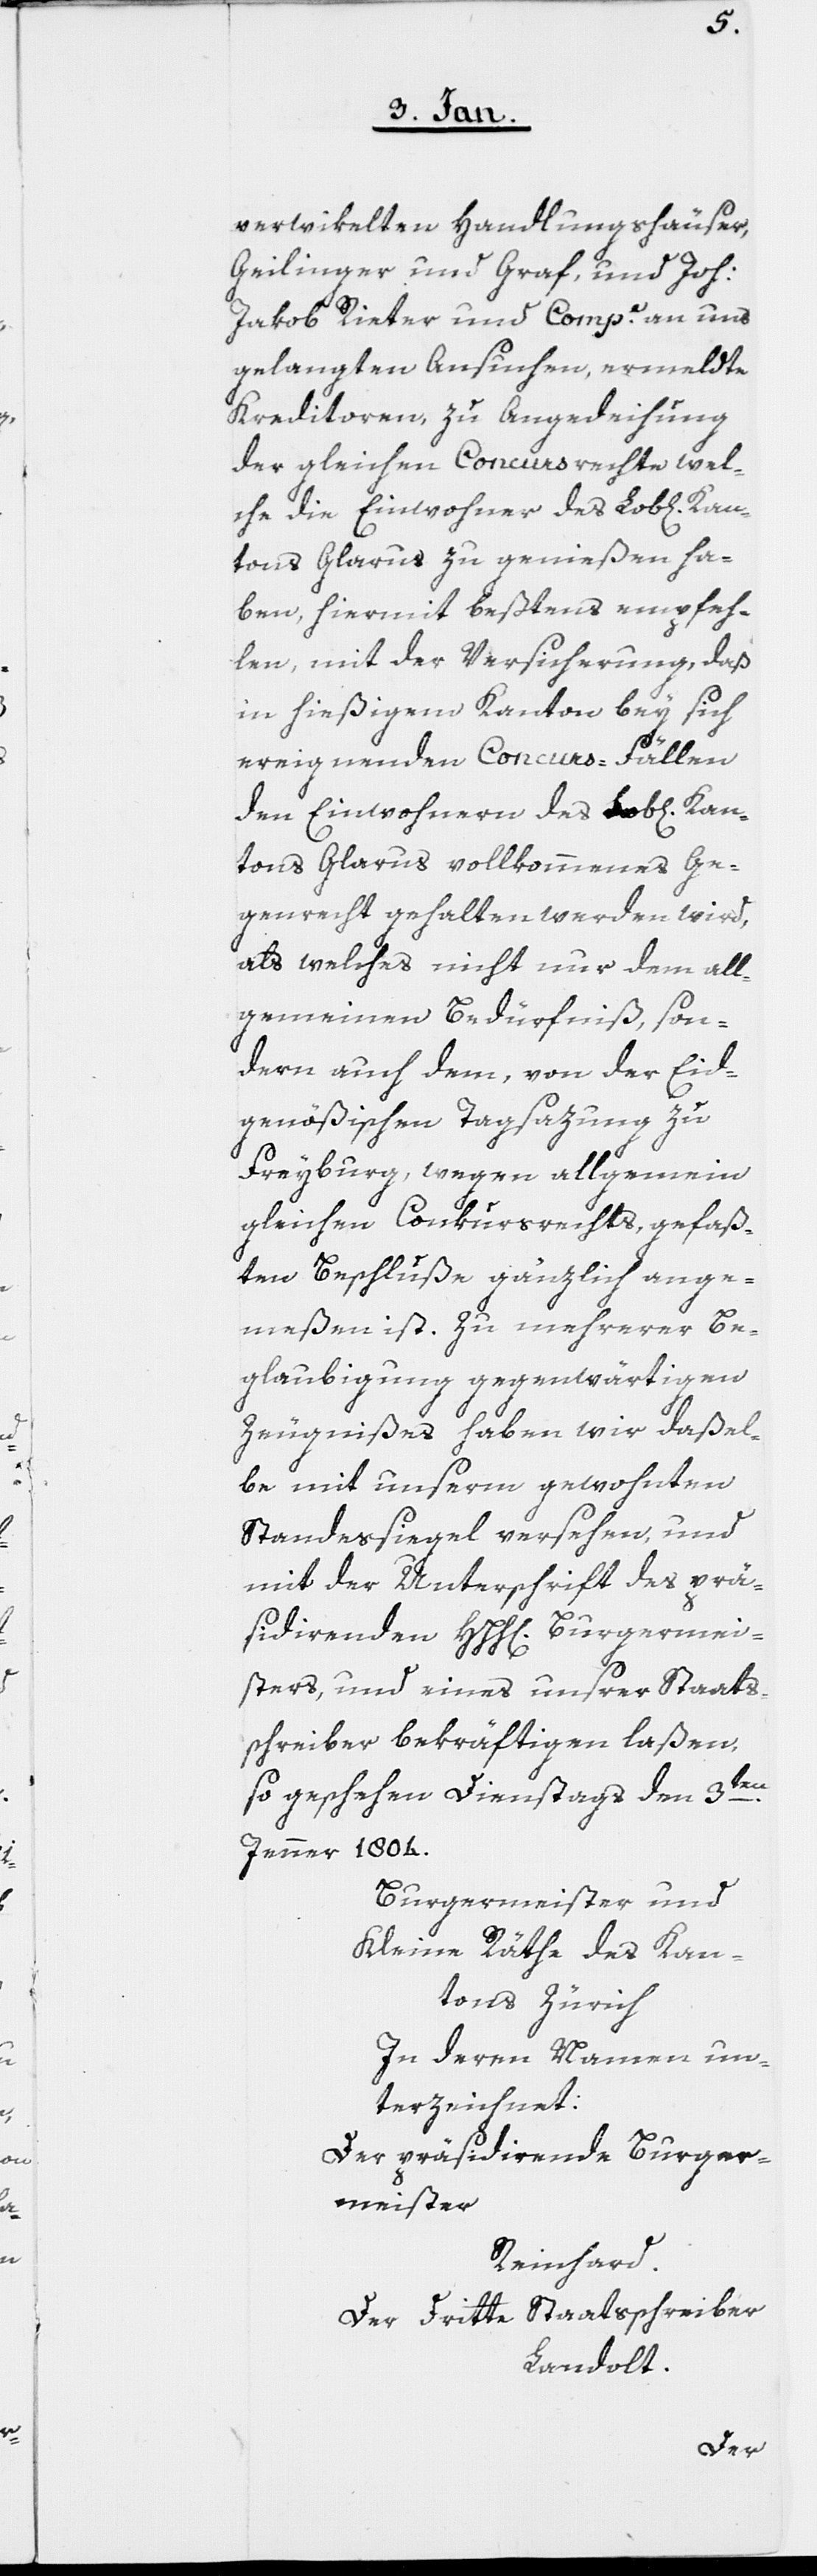
verwikelten Handlungshäuser,
Geilinger und Graf, und Joh:
Jakob Rieter und Compe. an uns
gelangte Ansuchen, ermeldte
Kreditoren, zu Angedeihung
der gleichen Concursrechte, wel¬
che die Einwohner des Lob[lichen]
tons Glarus zu genießen ha¬
ben, hiermit beßtens empfeh¬
len, mit der Versicherung, daß
in hießigem Kanton bey sich
ereignenden Concurs-Fällen
den Einwohnern des Lob[lichen]
ntons Glarus vollkommenes Ge¬
genrecht gehalten werden wird,
als welches nicht nur dem all¬
gemeinen Bedürfniß, son¬
dern auch dem, von der Eid¬
genößischen Tagsazung zu
Freyburg, wegen allgemein
gleichen Concursrechts, gefaß¬
ten Beschluße gänzlich ange¬
meßen ist. Zu mehrerer Be¬
glaubigung gegenwärtigen
Zeugnißes haben wir daßel¬
be mit unserm gewohnten
Standessiegel versehen, und
mit der Unterschrift des prä¬
sidirenden HHH[erren] Burgermei¬
sters, und eines unsrer Staats¬
schreiber bekräftigen laßen,
Ka¬
so geschehen Dienstags den 3ten.
Jenner 1804.
Burgermeister und
Kleine Räthe des Kan¬
tons Zürich
In deren Namen un¬
terzeichnet:
Der präsidierende Burger¬
meister
Reinhard.
Der dritte Staatsschreiber
Landolt.